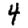
Digit: 4